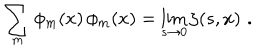
\sum _ { m } \phi _ { m } ( x ) \, \phi _ { m } ( x ) = \lim _ { s \rightarrow 0 } \zeta ( s , x ) \, \, .